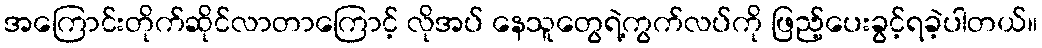
အကြောင်းတိုက်ဆိုင်လာတာကြောင့် လိုအပ် နေသူတွေရဲ့ကွက်လပ်ကို ဖြည့်ပေးခွင့်ရခဲ့ပါတယ်။